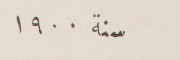
سنة ١٩٠٠